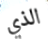
الذي